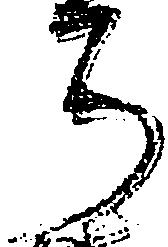
ち